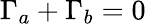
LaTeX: \Gamma_{a}+\Gamma_{b}=0